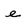
Character: e